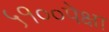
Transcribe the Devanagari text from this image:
५१००पेक्षा